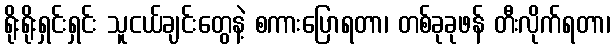
ရိုးရိုးရှင်းရှင်း သူငယ်ချင်းတွေနဲ့ စကားပြောရတာ၊ တစ်ခုခုဖန် တီးလိုက်ရတာ၊